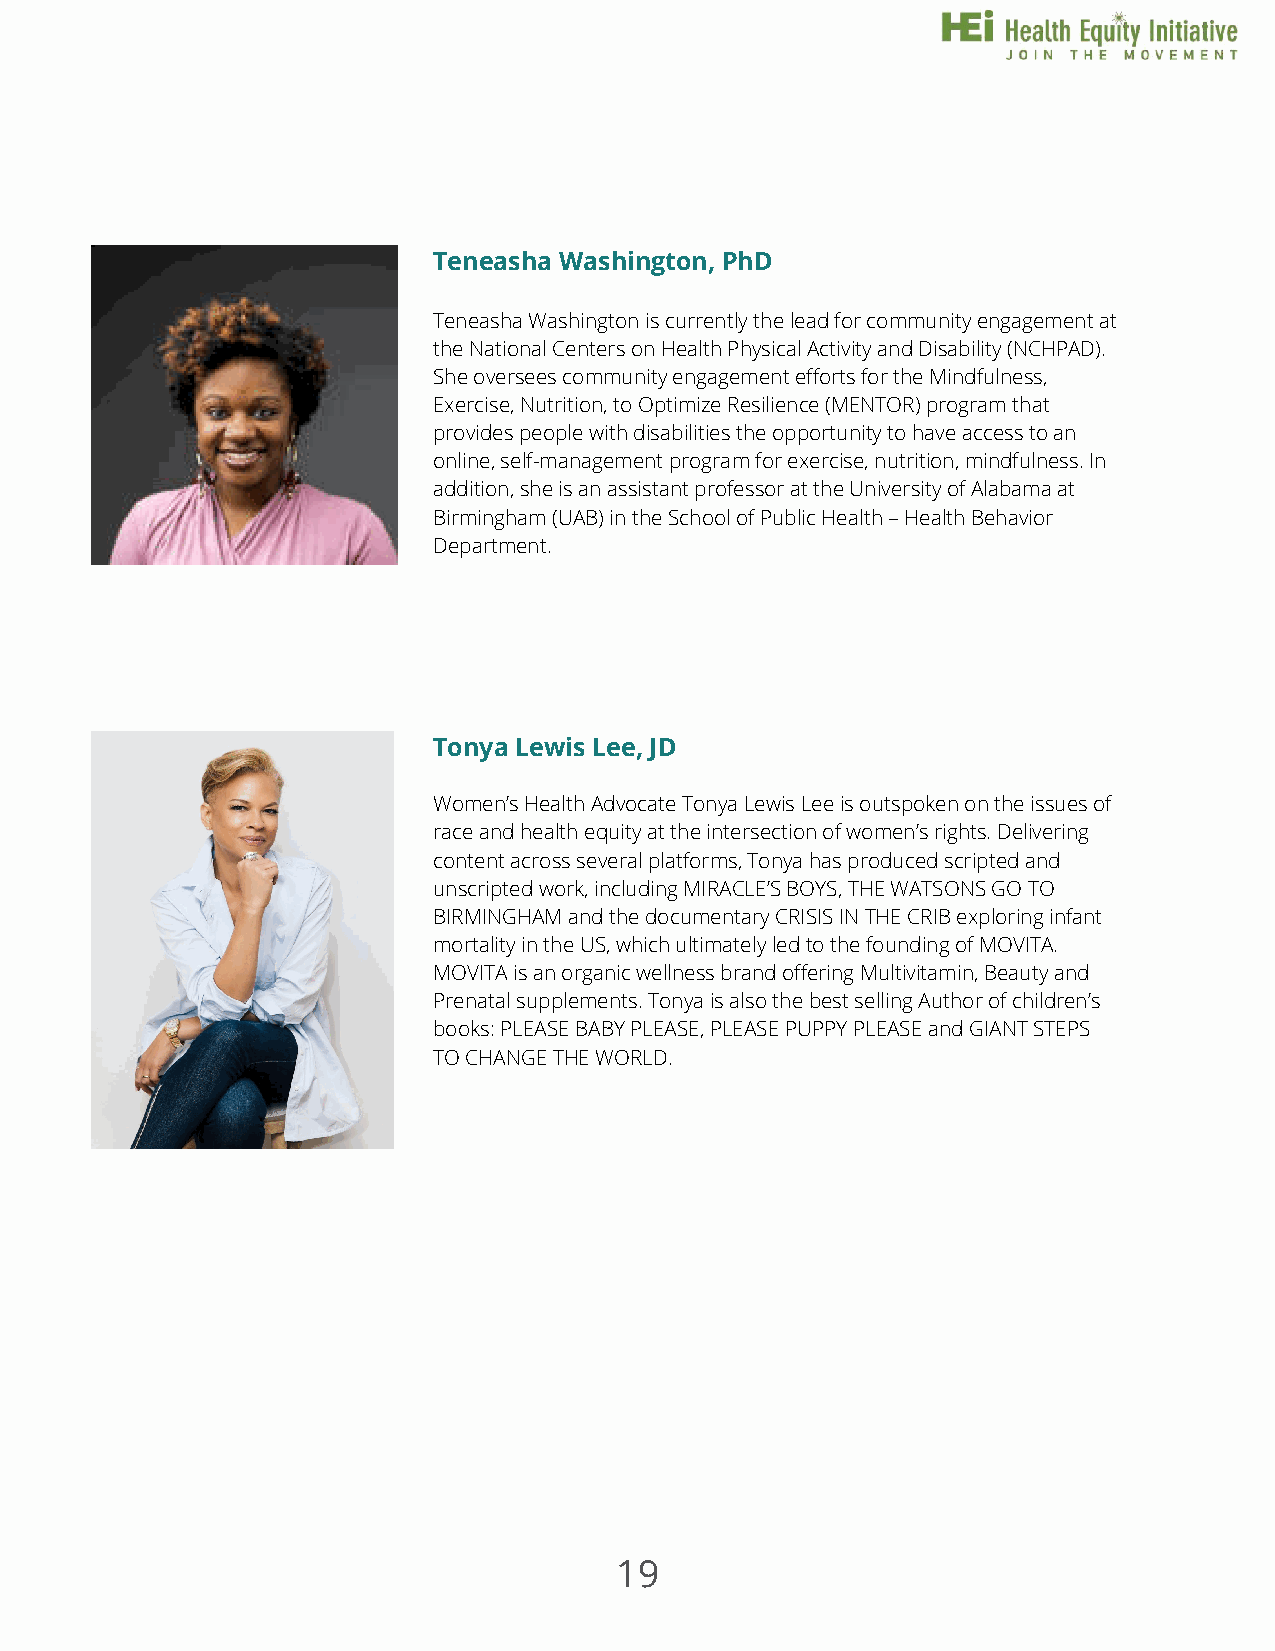
Teneasha Washington, PhD
 Teneasha Washington is currently the lead for community engagement at
 the National Centers on Health Physical Activity and Disability (NCHPAD).
 She oversees community engagement efforts for the Mindfulness,
 Exercise, Nutrition, to Optimize Resilience (MENTOR) program that
 provides people with disabilities the opportunity to have access to an
 online, self-management program for exercise, nutrition, mindfulness. In
 addition, she is an assistant professor at the University of Alabama at
 Birmingham (UAB) in the School of Public Health – Health Behavior
 Department.
 Tonya Lewis Lee, JD
 Women’s Health Advocate Tonya Lewis Lee is outspoken on the issues of
 race and health equity at the intersection of women’s rights. Delivering
 content across several platforms, Tonya has produced scripted and
 unscripted work, including MIRACLE’S BOYS, THE WATSONS GO TO
 BIRMINGHAM and the documentary CRISIS IN THE CRIB exploring infant
 mortality in the US, which ultimately led to the founding of MOVITA.
 MOVITA is an organic wellness brand offering Multivitamin, Beauty and
 Prenatal supplements. Tonya is also the best selling Author of children’s
 books: PLEASE BABY PLEASE, PLEASE PUPPY PLEASE and GIANT STEPS
 TO CHANGE THE WORLD.
 19